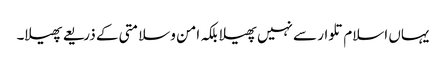
یہاں اسلام تلوار سے نہیں پھیلا بلکہ امن وسلامتی کے ذریعے پھیلا۔